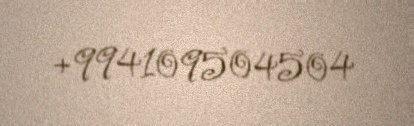
+994109504504